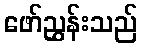
ဖော်ညွှန်းသည်